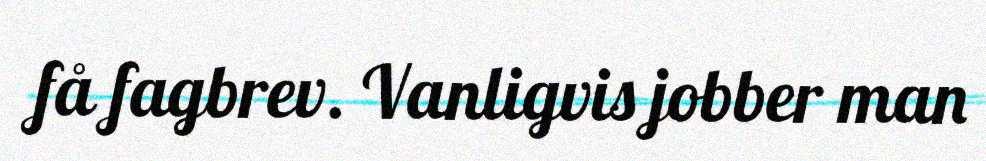
få fagbrev. Vanligvis jobber man